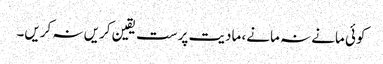
کوئی مانے نہ مانے، مادیت پرست یقین کریں نہ کریں۔